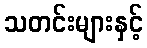
သတင်းများနှင့်